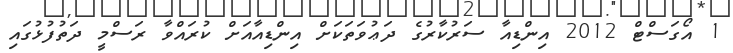
1 އޯގަސްޓް 2012 އިންޑިއާ ސަރުކާރުގެ ދަޢުވަތަކަށް އިންޑިއާއަށް ކުރައްވާ ރަސްމީ ދަތުފުޅުގައި